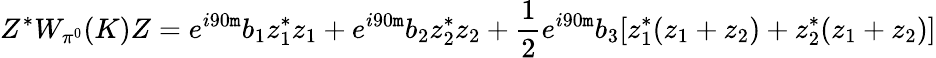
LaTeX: Z^{*}W_{\pi^{0}}(K)Z=e^{i90\mathtt{m}}b_{1}z_{1}^{*}z_{1}+e^{i90\mathtt{m}}b_{2}z_{2}^{*}z_{2}+\frac{1}{2}e^{i90\mathtt{m}}b_{3}[z_{1}^{*}(z_{1}+z_{2})+z_{2}^{*}(z_{1}+z_{2})]